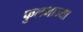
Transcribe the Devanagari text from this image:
फुलभाज्या